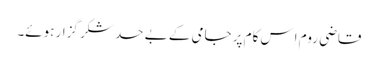
قاضی روم اِس کام پر جامی کے بے حد شکر گزار ہوئے۔